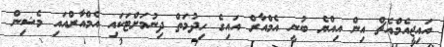
އައިޖީއެމްއެޗް އިން އިއްޔެ ބުނީ އެމްއާރް އައިގެ ހިދުމަތް ދިނުމަށްޓަކައި އެމްއާރްއައި މެޝިން